Lunatic asylums in Bengal annual reports 1899-1911 - 1899-1911
Year: 1899
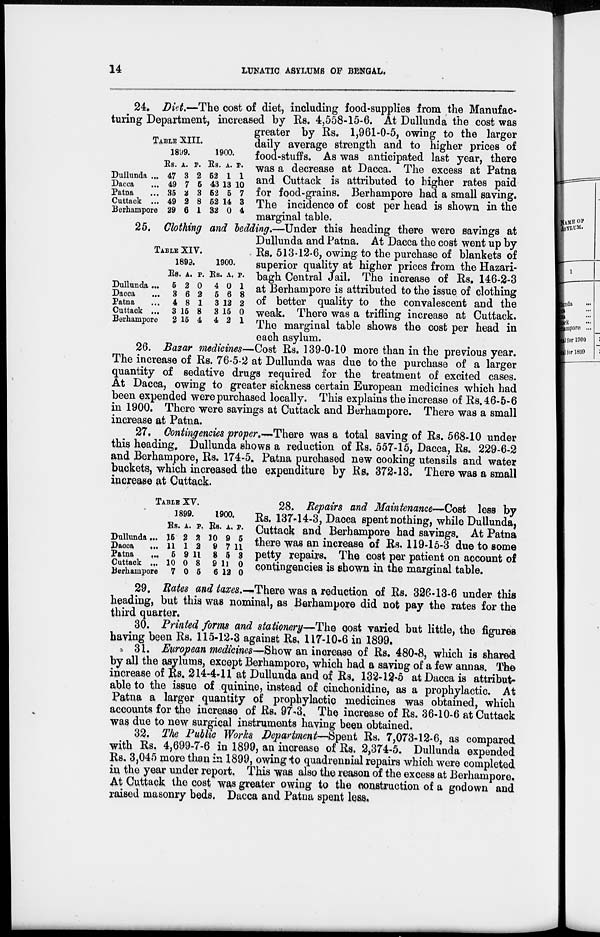
14
LUNATIC ASYLUMS OF BENGAL.
TABLE XIII.
Dullunda ...
Dacca ...
Patna ...
Cuttack ...
Berhampore
1899.
Rs.
47
49
35
49
29
A.
3
7
2
2
6
P.
2
6
3
8
1
1900.
Rs.
52
43
52
52
32
A.
1
13
5
14
0
P.
1
10
7
3
4
24. Diet.—The cost of diet, including food-supplies from the Manufac-
turing Department, increased by Rs. 4,558-15-6. At Dullunda the cost was
greater by Rs. 1,961-0-5, owing to the larger
daily average strength and to higher prices of
food-stuffs. As was anticipated last year, there
was a decrease at Dacca. The excess at Patna
and Cuttack is attributed to higher rates paid
for food-grains. Berhampore had a small saving.
The incidence of cost per head is shown in the
marginal table.
TABLE XIV.
Dullunda ...
Dacca
...
Patna ...
Cuttack ...
Berhampore
1899.
Rs.
5
3
4
3
2
A.
2
6
8
15
15
P.
0
2
1
8
4
1900.
Rs.
4
5
3
3
4
A.
0
6
12
15
2
P.
1
8
2
0
1
25. Clothing and bedding.—Under this heading there were savings at
Dullunda and Patna. At Dacca the cost went up by
Rs. 513-12-6, owing to the purchase of blankets of
superior quality at higher prices from the Hazari-
bagh Central Jail. The increase of Rs. 146-2-3
at Berhampore is attributed to the issue of clothing
of better quality to the convalescent and the
weak. There was a trifling increase at Cuttack.
The marginal table shows the cost per head in
each asylum.
26. Bazar medicines—Cost Rs. 139-0-10 more than in the previous year.
The increase of Rs. 76-5-2 at Dullunda was due to the purchase of a larger
quantity of sedative drugs required for the treatment of excited cases.
At Dacca, owing to greater sickness certain European medicines which had
been expended were purchased locally. This explains the increase of Rs. 46-5-6
in 1900. There were savings at Cuttack and Berhampore. There was a small
increase at Patna.
27. Contingencies proper.–There was a total saving of Rs. 568-10 under
this heading. Dullunda shows a reduction of Rs. 557-15, Dacca, Rs. 229-6-2
and Berhampore, Rs. 174-5. Patna purchased new cooking utensils and water
buckets, which increased the expenditure by Rs. 372-13. There was a small
increase at Cuttack.
TABLE XV.
Dullunda ...
Dacca
...
Patna
...
Cuttack ...
Berhampore
1899.
Rs.
15
11
5
10
7
A.
2
1
9
0
0
P.
2
2
11
8
5
1900.
Rs.
10
9
8
9
6
A.
9
7
5
11
12
P.
5
11
8
0
0
28. Repairs and Maintenance—Cost less by
Rs. 137-14-3, Dacca spent nothing, while Dullunda,
Cuttack and Berhampore had savings. At Patna
there was an increase of Rs. 119.15-3 due to some
petty repairs. The cost per patient on account of
contingencies is shown in the marginal table.
29. Rates and taxes.—There was a reduction of Rs. 326-13-6 under this
heading, but this was nominal, as Berhampore did not pay the rates for the
third quarter.
30. Printed forms and stationery—The cost varied but little, the figures
having been Rs. 115-12-3 against Rs. 117-10-6 in 1899.
31. European medicines—Show an increase of Rs. 480-8, which is shared
by all the asylums, except Berhampore, which had a saving of a few annas. The
increase of Rs. 214-4-11 at Dullunda and of Rs. 132-12-5 at Dacca is attribut-
able to the issue of quinine, instead of cinchonidine, as a prophylactic. At
Patna a larger quantity of prophylactic medicines was obtained, which
accounts for the increase of Rs. 97.3. The increase of Rs. 36-10-6 at Cuttack
was due to new surgical instruments having been obtained.
32. The Public Works Department—-Spent Rs. 7,073-12-6, as compared
with Rs, 4,699-7-6 in 1899, an increase of Rs. 2,374-5. Dullunda expended
Rs. 3,045 more than in 1899, owing to quadrennial repairs which were completed
in the year under report. This was also the reason of the excess at Berhampore.
At Cuttack the cost was greater owing to the construction of a godown and
raised masonry beds. Dacca and Patna spent less.